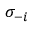
\sigma _ { - i }